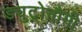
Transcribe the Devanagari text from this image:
ड्युट्रोनौमी